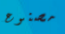
مصنوع